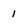
Character: 1